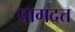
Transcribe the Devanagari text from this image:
प्रागदत्त